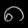
Digit: ၈